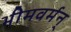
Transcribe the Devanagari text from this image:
भीमवर्मन्